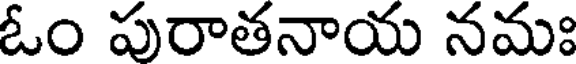
ఓం పురాతనాయ నమః